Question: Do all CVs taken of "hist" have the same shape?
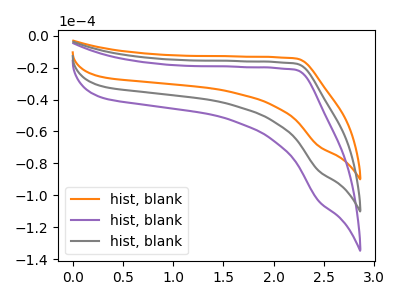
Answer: <think>The orange curve "hist, blank1" has no peaks. The purple curve "hist, blank2" has no peaks. The gray curve "hist, blank3" has no peaks.
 Neither "hist, blank1" or "hist, blank2" have any peaks. Neither "hist, blank1" or "hist, blank3" have any peaks. Neither "hist, blank2" or "hist, blank3" have any peaks.</think>
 <answer>All the CV's of "hist" have similar shape.</answer>
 <eval>follow_rule</eval>